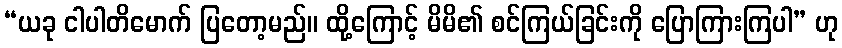
“ယခု ငါပါတိမောက် ပြတော့မည်။ ထို့ကြောင့် မိမိ၏ စင်ကြယ်ခြင်းကို ပြောကြားကြပါ” ဟု